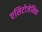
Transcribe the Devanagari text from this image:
एसिटोजेनिक